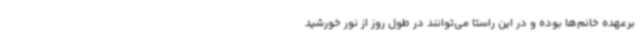
برعهده‌ خانم‌ها بوده و در این راستا می‌توانند در طول روز از نور خورشید